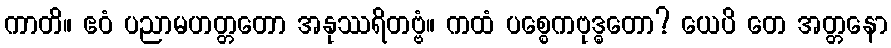
ကာတိ။ ဧဝံ ပညာမဟတ္တတော အနုဿရိတဗ္ဗံ။ ကထံ ပစ္စေကဗုဒ္ဓတော? ယေပိ တေ အတ္တနော